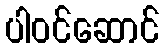
ပါဝင်ဆောင်